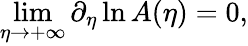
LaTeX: \operatorname*{lim}_{\eta\to+\infty}\partial_{\eta}\ln A(\eta)=0,